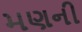
મણની